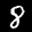
Label: 8